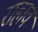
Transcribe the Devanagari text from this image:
राहावं